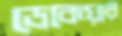
ডেকেয়ার